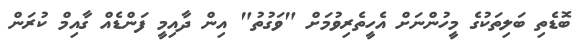
ބޮޑެތި ބަލިތަކުގެ މީހުންނަށް އެހީތެރިވުމަށް "ވަގުތު" އިން ދާއިމީ ފަންޑެއް ގާއިމް ކުރަން